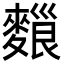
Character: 𪍔